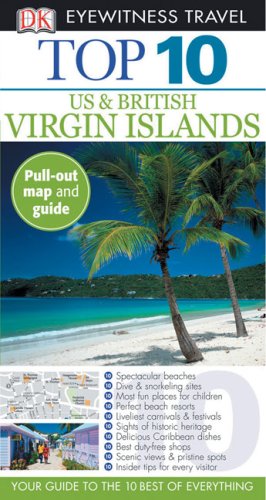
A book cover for Top 10 U.S. and British Virgin Islands (Eyewitness Top 10 Travel Guides); DK Publishing; Travel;